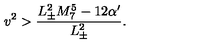
v ^ { 2 } > \frac { L _ { \pm } ^ { 2 } M _ { 7 } ^ { 5 } - 1 2 \alpha ^ { \prime } } { L _ { \pm } ^ { 2 } } .